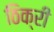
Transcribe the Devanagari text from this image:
ठिक्री